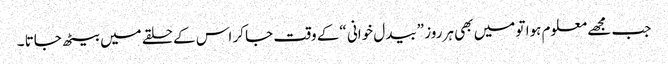
جب مجھے معلوم ہوا تو میں بھی ہر روز ”بیدل خوانی “کے وقت جا کر اس کے حلقے میں بیٹھ جاتا ۔